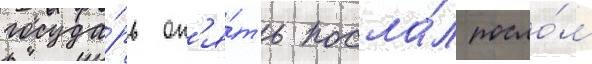
госуда́рь оп'я́ть посла́л посло́м